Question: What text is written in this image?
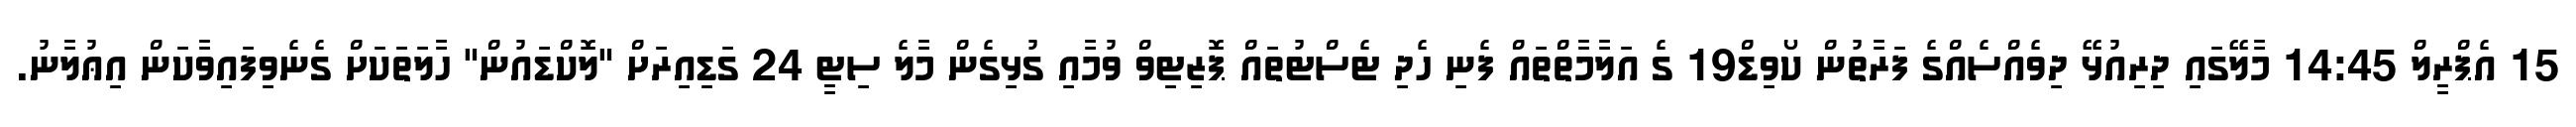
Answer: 15 އެޕްރީލް 14:45 މާލޭގައި ދިރިއުޅޭ ދިވެއްސެއްގެ ފަރާތުން ކޯވިޑް19 ގެ އަލާމާތްތައް ފެނި ހެދި ޓެސްޓުތައް ޕޮޒިޓިވް ވުމާއި ގުޅިގެން މާލެ ސިޓީ 24 ގަޑިއިރަށް "ލޮކްޑައުން" ހާލަތަކަށް ގެނެވިފައިވާކަން އިޢުލާނު.